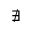
\nexists